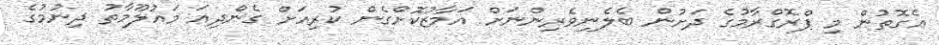
އެގޮތުން މި ޕްރޮގްރާމުގެ ދަށުން ބެލެނިވެރިންނަށް އަމާޒުކޮށްގެން ކުރިއަށް ގެންދިއަ މަޢުލޫމާތު ދިނުމުގެ